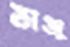
মঞ্জু